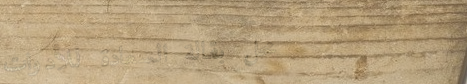
محل بقالة السعادة للأدوات